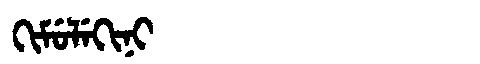
Manchu: ᡴᡳᠮᡠᠯᡝᡴᡳᠨᡳ
Romanization: KIMULEKINI